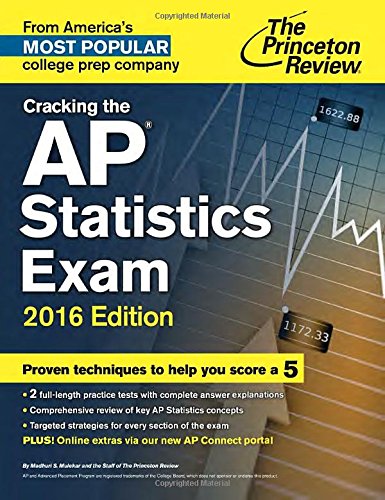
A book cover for Cracking the AP Statistics Exam, 2016 Edition (College Test Preparation); Princeton Review; Test Preparation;